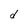
Character: d